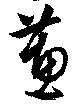
蕙